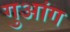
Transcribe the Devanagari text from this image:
गुआंग